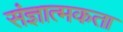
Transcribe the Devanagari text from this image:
संज्ञात्मकता